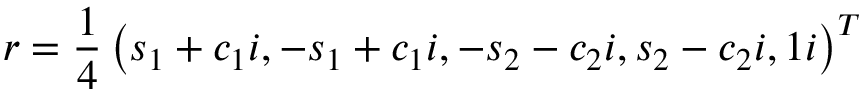
r = \frac { 1 } { 4 } \left( s _ { 1 } + c _ { 1 } i , - s _ { 1 } + c _ { 1 } i , - s _ { 2 } - c _ { 2 } i , s _ { 2 } - c _ { 2 } i , 1 i \right) ^ { T }